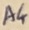
Text: A4